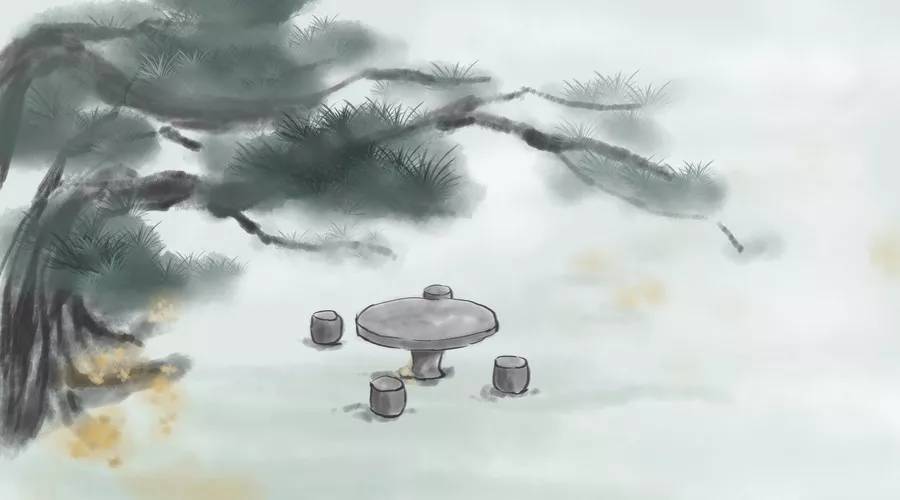
春梦醒来么？对春帆细雨，独自吟哦。